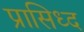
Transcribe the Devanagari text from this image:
प्रासिध्द